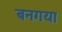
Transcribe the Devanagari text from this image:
बनगया